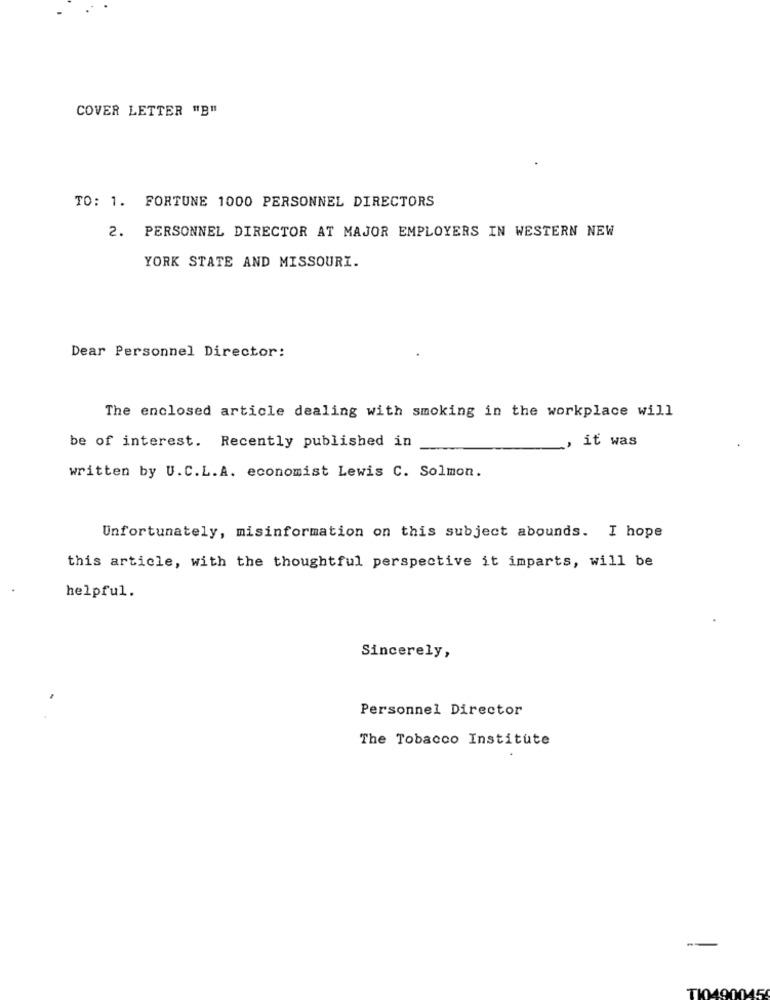
COVER LETTER "B"
TO: 1. FORTUNE 1000 PERSONNEL DIRECTORS
2. PERSONNEL DIRECTOR AT MAJOR EMPLOYERS IN WESTERN NEW
YORK STATE AND MISSOURI.
Dear Personnel Director:
The enclosed article dealing with smoking in the workplace will
it was
be of interest. Recently published in
written by U.C.L.A. economist Lewis C. Solmon.
Unfortunately, misinformation on this subject abounds. I hope
this article, with the thoughtful perspective it imparts, will be
helpful.
Sincerely,
Personnel Director
The Tobacco Institute
-